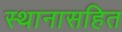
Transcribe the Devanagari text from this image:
स्थानासहित